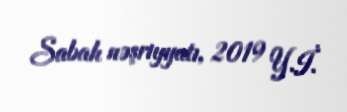
Sabah nəşriyyatı, 2019 Y.İ.